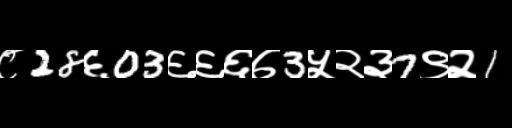
Text: ८28६03६६६७3५२३7९२1